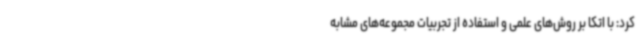
کرد: با اتکا بر روش‌های علمی و استفاده از تجربیات مجموعه‌های مشابه